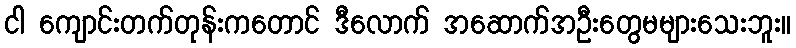
ငါ ကျောင်းတက်တုန်းကတောင် ဒီလောက် အဆောက်အဦးတွေမများသေးဘူး။